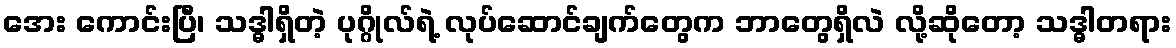
အေး ကောင်းပြီ၊ သဒ္ဓါရှိတဲ့ ပုဂ္ဂိုလ်ရဲ့ လုပ်ဆောင်ချက်တွေက ဘာတွေရှိလဲ လို့ဆိုတော့ သဒ္ဓါတရား